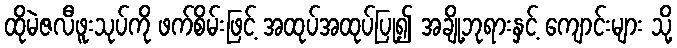
ထိုမဲဇလီဖူးသုပ်ကို ဖက်စိမ်းဖြင့် အထုပ်အထုပ်ပြု၍ အချို့ဘုရားနှင့် ကျောင်းများ သို့